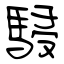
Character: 駸